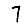
Digit: 7